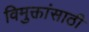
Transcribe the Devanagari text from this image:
विमुक्तांसाठी